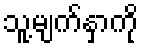
သူ့မျက်နှာကို